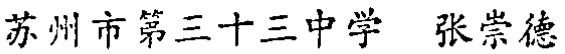
苏州市第三十三中学 张崇德